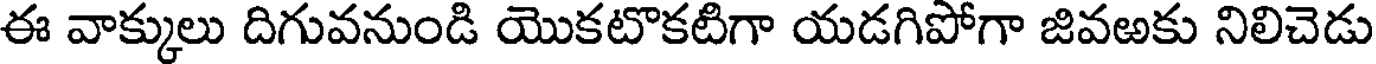
ఈ వాక్కులు దిగువనుండి యొకటొకటిగా యడగిపోగా జివఱకు నిలిచెడు